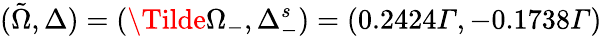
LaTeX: (\tilde{\Omega},\Delta)=(\Tilde{\Omega}_{-},\Delta_{-}^{s})=(0.2424Γ,-0.1738Γ)